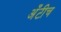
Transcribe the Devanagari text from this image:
अँटीच